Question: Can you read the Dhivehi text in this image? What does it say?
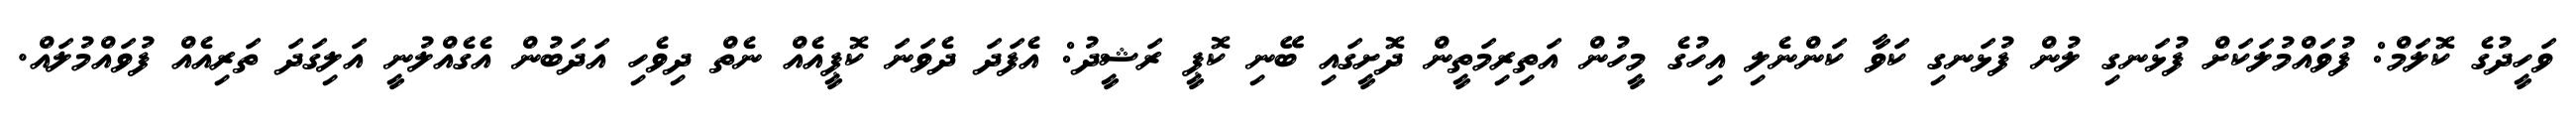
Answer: ވަހީދުގެ ކޮލަމް: ފުވައްމުލަކަށް ފުޅަނގި ލުން ފުޅަނގި ކަވާ ކަންނެލި އިހުގެ މީހުން އަތިރިމަތީން ދޮށީގައި ބޭނި ކޮޕީ ރަޝީދު: އެފަދަ ދެވަނަ ކޮޕީއެއް ނެތް ދިވެހި އަދަބުން އެގެއްލުނީ އަލިގަދަ ތަރިއެއް ފުވައްމުލައް.